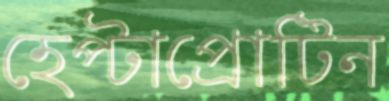
হেপ্টাপ্রোটিন